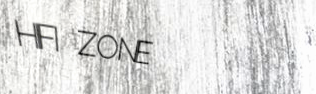
HIFI ZONE